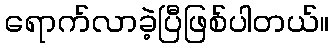
ရောက်လာခဲ့ပြီဖြစ်ပါတယ်။